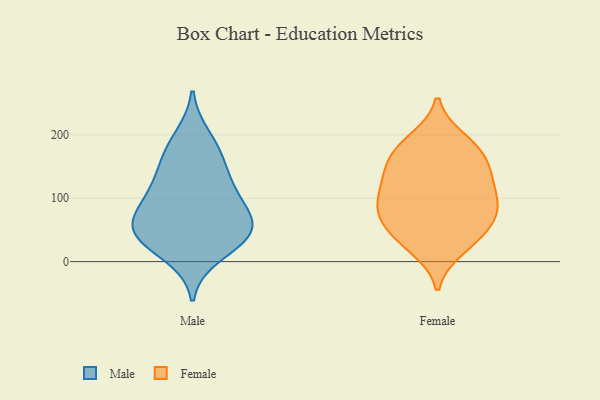
{"axis": {"x": "Waste Production (Tons)", "y": "Value"}, "legend": ["Female", "Male"], "data": [{"x": "", "y": 45, "type": "Male"}, {"x": "", "y": 50, "type": "Male"}, {"x": "", "y": 54, "type": "Male"}, {"x": "", "y": 197, "type": "Male"}, {"x": "", "y": 43, "type": "Male"}, {"x": "", "y": 101, "type": "Male"}, {"x": "", "y": 68, "type": "Male"}, {"x": "", "y": 82, "type": "Male"}, {"x": "", "y": 32, "type": "Male"}, {"x": "", "y": 116, "type": "Male"}, {"x": "", "y": 160, "type": "Male"}, {"x": "", "y": 125, "type": "Male"}, {"x": "", "y": 170, "type": "Male"}, {"x": "", "y": 10, "type": "Male"}, {"x": "", "y": 81, "type": "Female"}, {"x": "", "y": 21, "type": "Female"}, {"x": "", "y": 73, "type": "Female"}, {"x": "", "y": 89, "type": "Female"}, {"x": "", "y": 105, "type": "Female"}, {"x": "", "y": 65, "type": "Female"}, {"x": "", "y": 34, "type": "Female"}, {"x": "", "y": 139, "type": "Female"}, {"x": "", "y": 186, "type": "Female"}, {"x": "", "y": 192, "type": "Female"}, {"x": "", "y": 125, "type": "Female"}, {"x": "", "y": 116, "type": "Female"}, {"x": "", "y": 172, "type": "Female"}, {"x": "", "y": 70, "type": "Female"}, {"x": "", "y": 147, "type": "Female"}, {"x": "", "y": 35, "type": "Female"}, {"x": "", "y": 164, "type": "Female"}]}